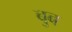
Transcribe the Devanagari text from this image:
बुब